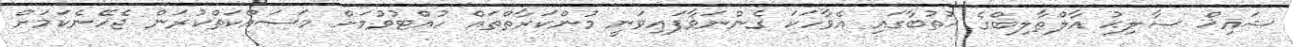
ޝައިޚް ޞާލިޙު އާލްޠާލިބްގެ ޚުތުބާގައި އެވާހަކަ ގެންނަވާފައިވަނީ މުންކަރާތްތައް ހުއްޓުވުމަށް މަސައްކަތްކުރަން ޖެހޭނެކަމަށް